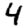
Digit: 4